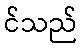
င်သည်